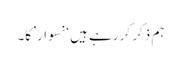
ہم ذکر کر رہے ہیں ‘نسوار’ کا۔